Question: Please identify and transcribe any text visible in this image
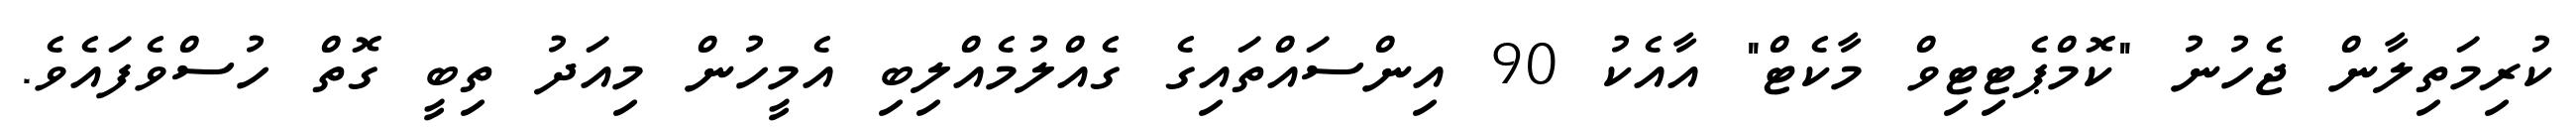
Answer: ކުރިމަތިލާން ޖެހުނު "ކޮމްޕެޓިޓިވް މާކެޓް" އާއެކު 90 އިންސައްތައިގެ ގެއްލުމެއްލިބި އެމީހުން މިއަދު ތިބީ ގޮތް ހުސްވެފައެވެ.